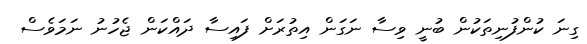
ގިނަ ކުންފުނިތަކުން ބުނީ ވިސާ ނަގަން އިތުރަށް ފައިސާ ދައްކަން ޖެހުނު ނަމަވެސް